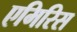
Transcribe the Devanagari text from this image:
एमिरिस